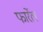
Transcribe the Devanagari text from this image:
फार्रेल